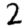
Digit: 2